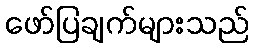
ဖော်ပြချက်များသည်